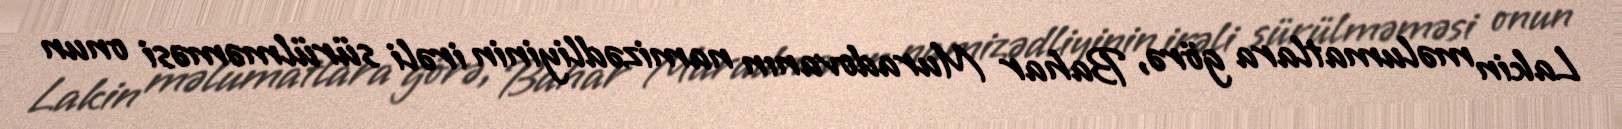
Lakin məlumatlara görə, Bahar Muradovanın namizədliyinin irəli sürülməməsi onun